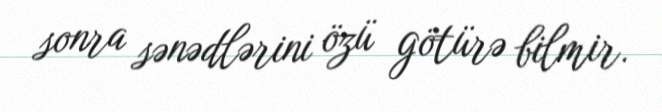
sonra sənədlərini özü götürə bilmir.